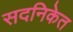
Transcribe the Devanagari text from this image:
सदनिकेत